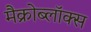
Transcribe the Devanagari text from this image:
मैक्रोब्लॉक्स